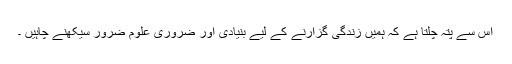
اس سے پتہ چلتا ہے کہ ہمیں زندگی گزارنے کے لیے بنیادی اور ضروری علوم ضرور سیکھنے چاہیں ۔